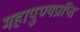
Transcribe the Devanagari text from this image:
महापुण्यप्राप्ति